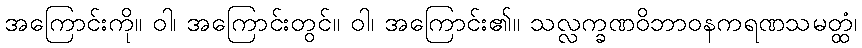
အကြောင်းကို။ ဝါ၊ အကြောင်းတွင်။ ဝါ၊ အကြောင်း၏။ သလ္လက္ခဏဝိဘာဝနကရဏသမတ္ထံ၊